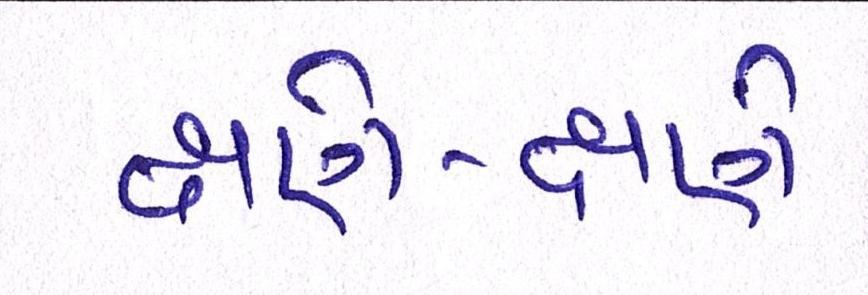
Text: ક્ષણે-ક્ષણે